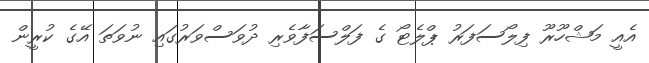
އެއީ މަޝްހޫރޫ ފިލޯސަފަރު ޕްލެޓޯ ގެ ފަލްސަފާވެރި ދުވަސްވަރުގައި ނުވަތަ އޭގެ ކުރީން